Report of the Indian Hemp Drugs Commission, 1894-1895 - Volume V
Year: 1894
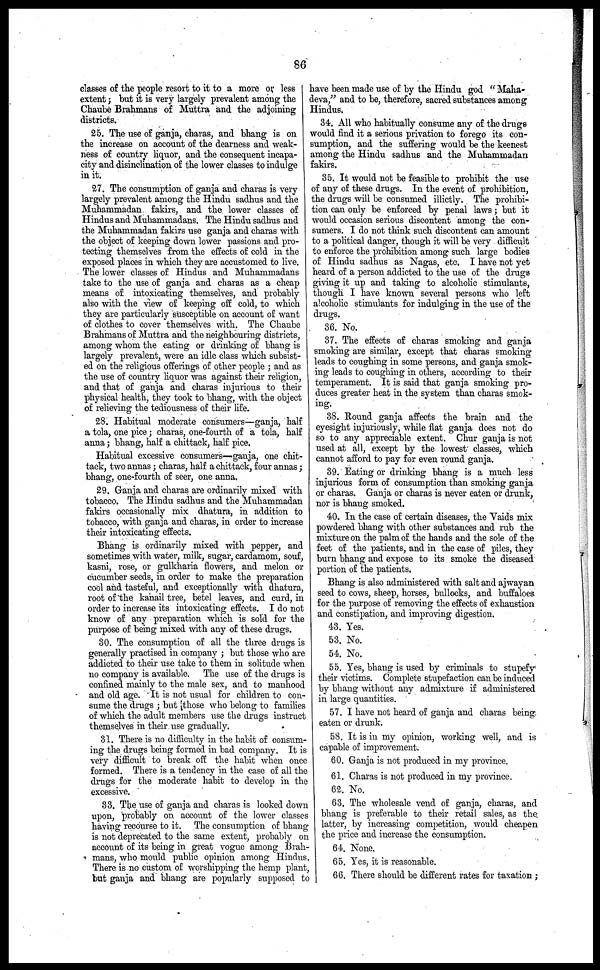
86
classes of the people resort to it to a more or less
extent; but it is very largely prevalent among the
Chaube Brahmans of Muttra and the adjoining
districts.
25. The use of ganja, charas, and bhang is on
the increase on account of the dearness and weak-
ness of country liquor, and the consequent incapa-
city and disinclination of the lower classes to indulge
in it.
27. The consumption of ganja and charas is very
largely prevalent among the Hindu sadhus and the
Muhammadan fakirs, and the lower classes of
Hindus and Muhammadans. The Hindu sadhus and
the Muhammadan fakirs use ganja and charas with
the object of keeping down lower passions and pro-
tecting themselves from the effects of cold in the
exposed places in which they are accustomed to live.
The lower classes of Hindus and Muhammadans
take to the use of ganja and charas as a cheap
means of intoxicating themselves, and probably
also with the view of keeping off cold, to which
they are particularly susceptible on account of want
of clothes to cover themselves with. The Chaube
Brahmans of Muttra and the neighbouring districts,
among whom the eating or drinking of bhang is
largely prevalent, were an idle class which subsist-
ed on the religious offerings of other people ; and as
the use of country liquor was against their religion,
and that of ganja and charas injurious to their
physical health, they took to bhang, with the object
of relieving the tediousness of their life.
28. Habitual moderate consumers—ganja, half
a tola, one pice; charas, one-fourth of a tola, half
anna ; bhang, half a chittack, half pice.
Habitual excessive consumers—ganja, one chit-
tack, two annas; charas, half a chittack, four annas;
bhang, one-fourth of seer, one anna.
29. Ganja and charas are ordinarily mixed with
tobacco. The Hindu sadhus and the Muhammadan
fakirs occasionally mix dhatura, in addition to
tobacco, with ganja and charas, in order to increase
their intoxicating effects.
Bhang is ordinarily mixed with pepper, and
sometimes with water, milk, sugar, cardamom, souf,
kasni, rose, or gulkharia flowers, and melon or
cucumber seeds, in order to make the preparation
cool and tasteful, and exceptionally with dhatura,
root of the kahail tree, betel leaves, and curd, in
order to increase its intoxicating effects. I do not
know of any preparation which is sold for the
purpose of being mixed with any of these drugs.
30. The consumption of all the three drugs is
generally practised in company ; but those who are
addicted to their use take to them in solitude when
no company is available. The use of the drugs is
confined mainly to the male sex, and to manhood
and old age. It is not usual for children to con-
sume the drugs ; but those who belong to families
of which the adult members use the drugs instruct
themselves in their use gradually.
31. There is no difficulty in the habit of consum-
ing the drugs being formed in bad company. It is
very difficult to break off the habit when once
formed. There is a tendency in the case of all the
drugs for the moderate habit to develop in the
excessive.
83. The use of ganja and charas is looked down
upon, probably on account of the lower classes
having recourse to it. The consumption of bhang
is not deprecated to the same extent, probably on
account of its being in great vogue among Brah-
mans, who mould public opinion among Hindus.
There is no custom of worshipping the hemp plant,
but ganja and bhang are popularly supposed to
have been made use of by the Hindu god " Maha-
deva," and to be, therefore, sacred substances among
Hindus.
34. All who habitually consume any of the drugs
would find it a serious privation to forego its con-
sumption, and the suffering would be the keenest
among the Hindu sadhus and the Muhammadan
fakirs.
35. It would not be feasible to prohibit the use
of any of these drugs. In the event of prohibition,
the drugs will be consumed illictly. The prohibi-
tion can only be enforced by penal laws; but it
would occasion serious discontent among the con-
sumers. I do not think such discontent can amount
to a political danger, though it will be very difficult
to enforce the prohibition among such large bodies
of Hindu sadhus as Nagas, etc. I have not yet
heard of a person addicted to the use of the drugs
giving it up and taking to alcoholic stimulants,
though I have known several persons who left
alcoholic stimulants for indulging in the use of the
drugs.
36. No.
37. The effects of charas smoking and ganja
smoking are similar, except that charas smoking
leads to coughing in some persons, and ganja smok-
ing leads to coughing in others, according to their
temperament. It is said that ganja smoking pro-
duces greater heat in the system than charas smok-
ing.
38. Round ganja affects the brain and the
eyesight injuriously, while flat ganja does not do
so to any appreciable extent. Chur ganja is not
used at all, except by the lowest classes, which
cannot afford to pay for even round ganja.
39. Eating or drinking bhang is a much less
injurious form of consumption than smoking ganja
or charas. Ganja or charas is never eaten or drunk,
nor is bhang smoked.
40. In the case of certain diseases, the Vaids mix
powdered bhang with other substances and rub the
mixture on the palm of the hands and the sole of the
feet of the patients, and in the case of piles, they
burn bhang and expose to its smoke the diseased
portion of the patients.
Bhang is also administered with salt and ajwayan
seed to cows, sheep, horses, bullocks, and buffaloes
for the purpose of removing the effects of exhaustion
and constipation, and improving digestion.
43. Yes.
53. No.
54. No.
55. Yes, bhang is used by criminals to stupefy
their victims. Complete stupefaction can be induced
by bhang without any admixture if administered
in large quantities.
57. I have not heard of ganja and charas being
eaten or drunk.
58. It is in my opinion, working well, and is
capable of improvement.
60. Ganja is not produced in my province.
61. Charas is not produced in my province.
62. No.
63. The wholesale vend of ganja, charas, and
bhang is preferable to their retail sales, as the
latter, by increasing competition, would cheapen
the price and increase the consumption.
64. None.
65. Yes, it is reasonable.
66. There should be different rates for taxation ;